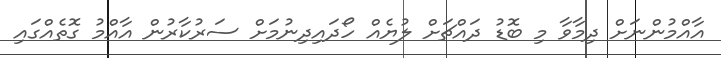
އާއްމުންނަށް ދިމާވާ މި ބޮޑު ދައްޗަށް ލުޔެއް ހޯދައިދިނުމަށް ސަރުކާރުން އާއްމު ގޮތެއްގައި